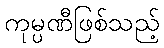
ကုမ္ပဏီဖြစ်သည့်